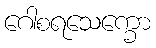
ဂေါစရသေက္ခော